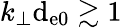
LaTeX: k_{\perp}\mathrm{d}_{\mathrm{{e0}}}\gtrsim1